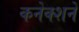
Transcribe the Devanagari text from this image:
कनेक्शने